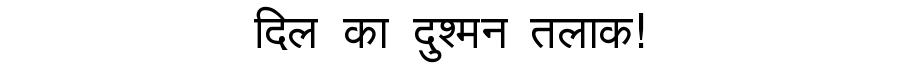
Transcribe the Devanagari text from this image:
दिल का दुश्मन तलाक!